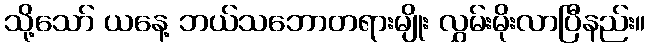
သို့သော် ယနေ့ ဘယ်သဘောတရားမျိုး လွှမ်းမိုးလာပြီနည်း။